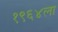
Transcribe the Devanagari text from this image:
१९६४ला